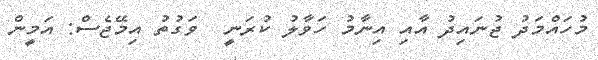
މުހައްމަދު ޖުނައިދު އާއި އިނާމު ހަވާލު ކުރަނީ  ވަގުތު އިމޭޖެސް: އަމީން